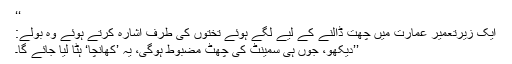
‘‘
ایک زیرتعمیر عمارت میں چھت ڈالنے کے لیے لگے ہوئے تختوں کی طرف اشارہ کرتے ہوئے وہ بولے:
’’دیکھو، جوں ہی سمینٹ کی چھٹ مضبوط ہوگی، یہ ’کھانچا‘ ہٹا لیا جائے گا۔